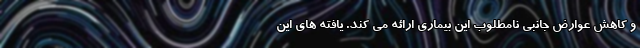
و کاهش عوارض جانبی نامطلوب این بیماری ارائه می کند. یافته های این